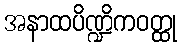
အနာထပိဏ္ဍိကဝတ္ထု